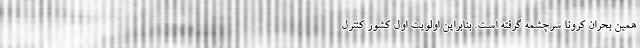
همین بحران کرونا سرچشمه گرفته است. بنابراین اولویت اول کشور کنترل